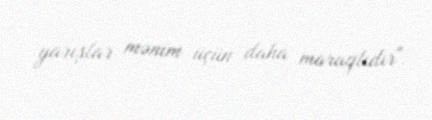
yarışlar mənim üçün daha maraqlıdır".